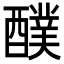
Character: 醭